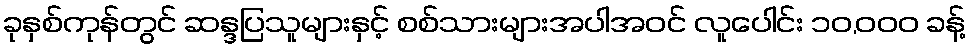
ခုနှစ်ကုန်တွင် ဆန္ဒပြသူများနှင့် စစ်သားများအပါအဝင် လူပေါင်း ၁၀,၀၀၀ ခန့်